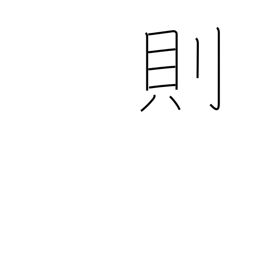
Meaning: model after